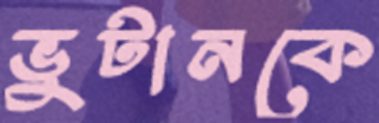
ভুটানকে